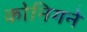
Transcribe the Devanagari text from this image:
कोनिगने